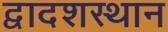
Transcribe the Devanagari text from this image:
द्वादशस्थान